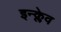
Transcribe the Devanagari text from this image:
इन्क्लेव